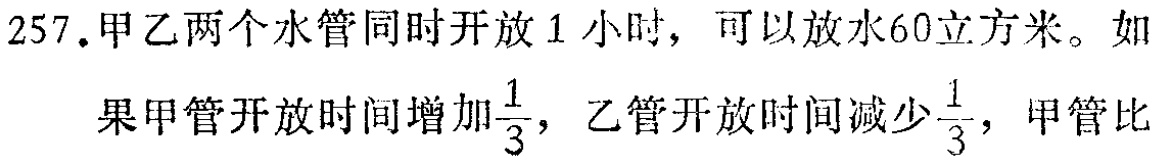
257.甲乙两个水管同时开放1小时，可以放水60立方米。如

果甲管开放时间增加$\frac{1}{3}$，乙管开放时间减少$\frac{1}{3}$，甲管比